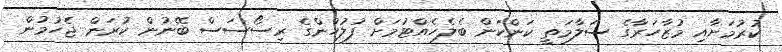
ކުރުމަށާއި މުޒާހަރާގެ ސަލާމަތީ ކަންކަން ބެލެހެއްޓުމަށް ފުލުހުންގެ ރިސޯސަސް ބޭނުން ކުރަން ޖެހުމުން